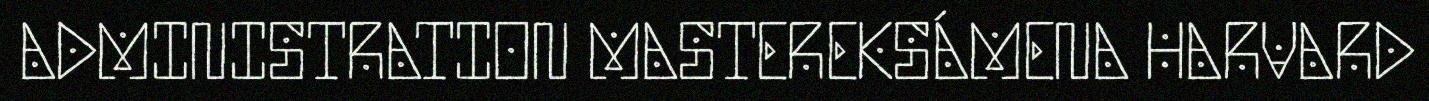
ADMINISTRATION MASTEREKSÁMENA HARVARD